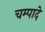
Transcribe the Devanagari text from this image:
चम्पादे